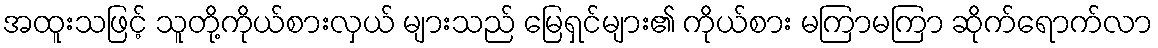
အထူးသဖြင့် သူတို့ကိုယ်စားလှယ် များသည် မြေရှင်များ၏ ကိုယ်စား မကြာမကြာ ဆိုက်ရောက်လာ